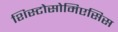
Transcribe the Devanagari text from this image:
शिस्टोसोमिएसिस